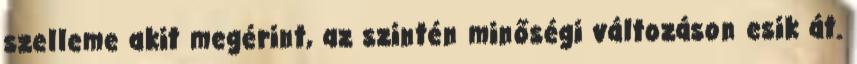
szelleme akit megérint, az szintén minőségi változáson esik át.